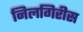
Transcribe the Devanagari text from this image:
निलगिरीस